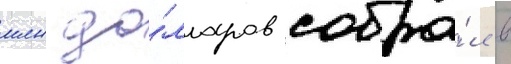
млн до́лларов собра́л в